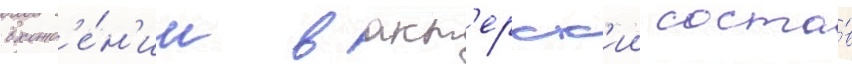
вхожд'е́н'ии в акт'ерск'ии соста́в